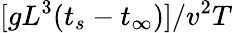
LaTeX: [gL^{3}(t_{s}-t_{\infty})]/v^{2}T